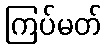
ကြပ်မတ်